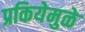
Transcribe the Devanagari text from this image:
प्रकियेमुळे